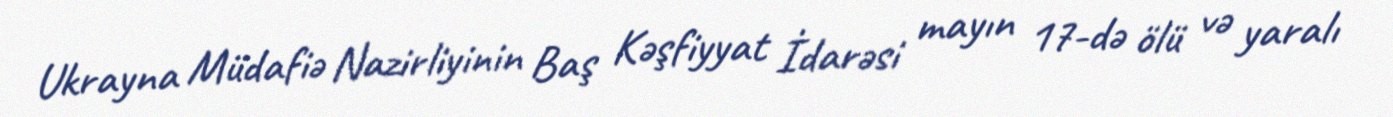
Ukrayna Müdafiə Nazirliyinin Baş Kəşfiyyat İdarəsi mayın 17-də ölü və yaralı